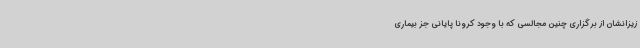
زیزانشان از برگزاری چنین مجالسی که با وجود کرونا پایانی جز بیماری